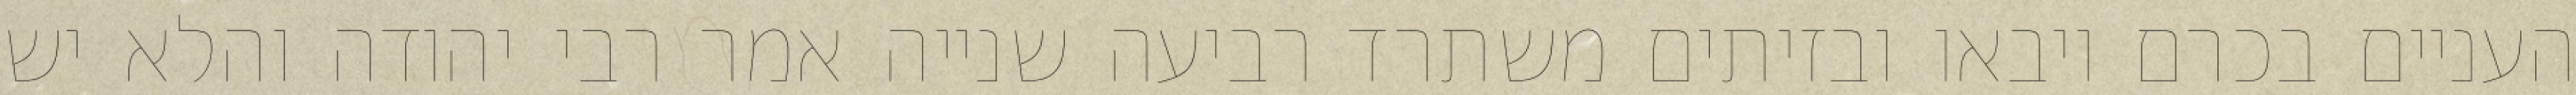
העניים בכרם ויבאו ובזיתים משתרד רביעה שנייה אמר רבי יהודה והלא יש